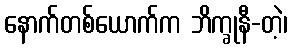
နောက်တစ်ယောက်က ဘိက္ခုနီ-တဲ့၊